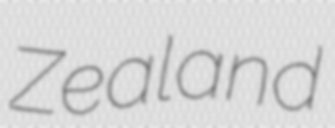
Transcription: Zealand